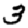
Digit: 3